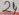
Text: 21